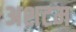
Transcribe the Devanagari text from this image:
अशटम